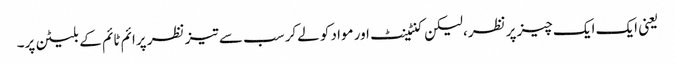
یعنی ایک ایک چیز پر نظر،لیکن کنٹینٹ اور مواد کو لےکر سب سے تیز نظر پرائم ٹائم کے بلیٹن پر۔